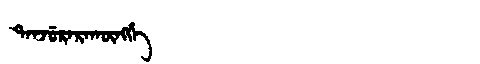
Manchu: ᡨᠠᠨᠵᡠᡵᠠᡵᠠᡴᡡᠩᡤᡝ
Romanization: TANJURARAKŪNGGE